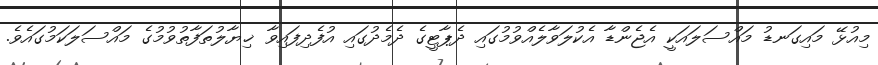
މިއުޅޭ މައިގަނޑު މައްސަލައަކީ އެޖެންޑާ އެކުލަވާލެއްވުމުގައި ދެޕާޓީގެ ދެމެދުގައި އުފެދިފައިވާ ޚިޔާލުތަފާތުވުމުގެ މައްސަލަކަމުގައެވެ.